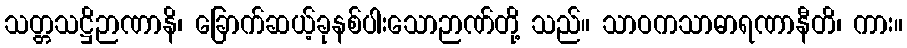
သတ္တသဋ္ဌိဉာဏာနိ၊ ခြောက်ဆယ့်ခုနစ်ပါးသောဉာဏ်တို့ သည်။ သာဝကသာဓာရဏာနီတိ၊ ကား။